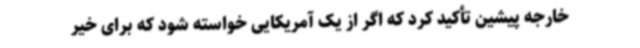
خارجه پیشین تأکید کرد که اگر از یک آمریکایی خواسته شود که برای خیر